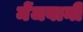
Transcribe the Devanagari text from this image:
मेंजबानी